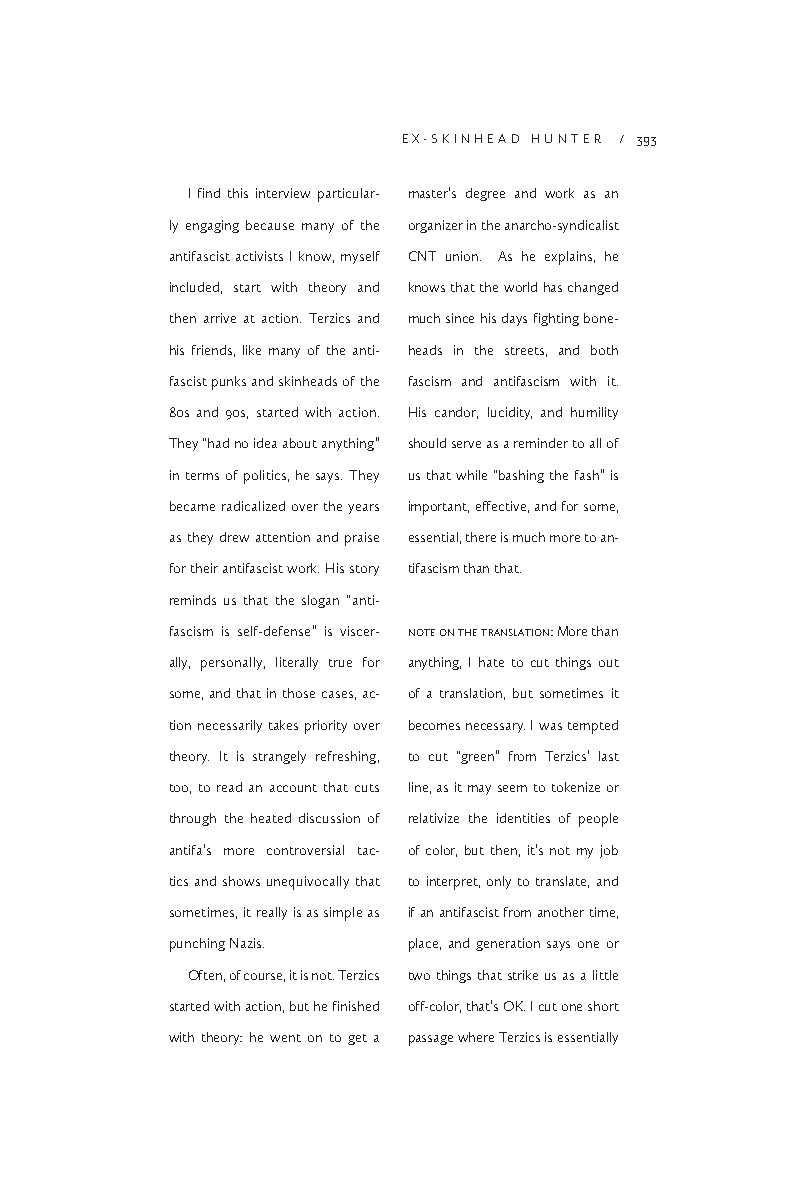
EX-SKINHEAD HUNTER / 393
 I find this interview particular- master’s degree and work as an
 ly engaging because many of the organizer in the anarcho-syndicalist
 antifascist activists I know, myself CNT union. As he explains, he
 included, start with theory and knows that the world has changed
 then arrive at action. Terzics and much since his days fighting bone-
 his friends, like many of the anti- heads in the streets, and both
 fascist punks and skinheads of the fascism and antifascism with it.
 80s and 90s, started with action. His candor, lucidity, and humility
 They “had no idea about anything” should serve as a reminder to all of
 in terms of politics, he says. They us that while “bashing the fash” is
 became radicalized over the years important, effective, and for some,
 as they drew attention and praise essential, there is much more to an-
 for their antifascist work. His story tifascism than that.
 reminds us that the slogan “anti-
 fascism is self-defense” is viscer- note on the translation: More than
 ally, personally, literally true for anything, I hate to cut things out
 some, and that in those cases, ac- of a translation, but sometimes it
 tion necessarily takes priority over becomes necessary. I was tempted
 theory. It is strangely refreshing, to cut “green” from Terzics’ last
 too, to read an account that cuts line, as it may seem to tokenize or
 through the heated discussion of relativize the identities of people
 antifa’s more controversial tac- of color, but then, it’s not my job
 tics and shows unequivocally that to interpret, only to translate, and
 sometimes, it really is as simple as if an antifascist from another time,
 punching Nazis. place, and generation says one or
 Often, of course, it is not. Terzics two things that strike us as a little
 started with action, but he finished off-color, that’s OK. I cut one short
 with theory: he went on to get a passage where Terzics is essentially